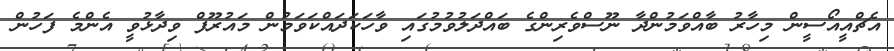
އެޗްއީއޯސީން މިހާރު ބާއްވަމުންދާ ނޫސްވެރިންގެ ބައްދަލުވުމުގައި ވާހަކަދައްކަވަމުން މައުރޫފް ވިދާޅުވީ އެންމެ ފަހުން